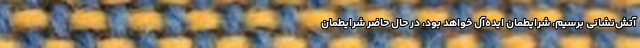
آتش‌نشانی برسیم، شرایطمان ایده‌آل خواهد بود، در حال حاضر شرایطمان